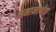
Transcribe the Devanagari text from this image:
समानार्थता